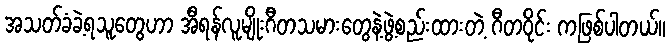
အသတ်ခံခဲ့ရသူတွေဟာ အီရန်လူမျိုးဂီတသမားတွေနဲ့ဖွဲ့စည်းထားတဲ့ ဂီတဝိုင်း ကဖြစ်ပါတယ်။